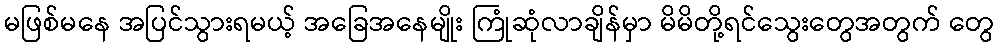
မဖြစ်မနေ အပြင်သွားရမယ့် အခြေအနေမျိုး ကြုံဆုံလာချိန်မှာ မိမိတို့ရင်သွေးတွေအတွက် တွေ